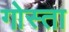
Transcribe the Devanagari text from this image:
गोस्ता